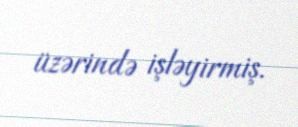
üzərində işləyirmiş.